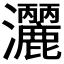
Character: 𭳺